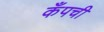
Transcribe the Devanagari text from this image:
कँपची